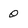
Character: 0